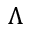
\Lambda